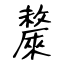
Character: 斄